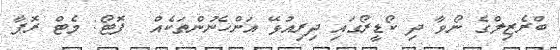
ބްރެޒިލްގެ ނޯވާ ދި ކޯޑީރޯގައި ދިރިއުޅޭ އަންހެނުންތަކެއް  ފޮޓޯ: މެޓް ރޮޕާ